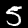
Digit: 5